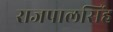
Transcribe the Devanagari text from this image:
राजपालसिंह